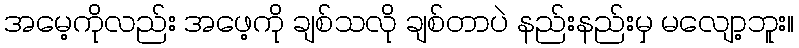
အမေ့ကိုလည်း အဖေ့ကို ချစ်သလို ချစ်တာပဲ နည်းနည်းမှ မလျော့ဘူး။